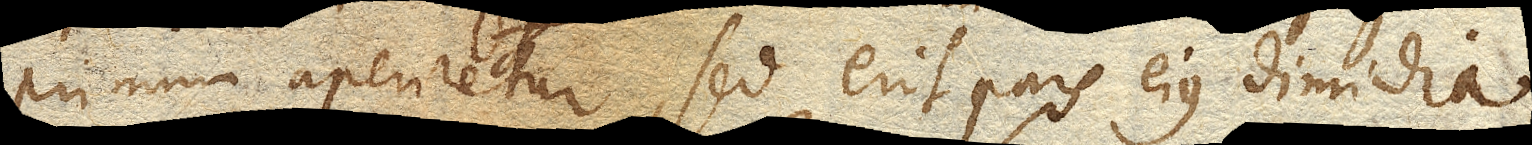
primum aperiretur, sed erit pars ejus dimidia